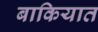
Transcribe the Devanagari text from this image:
बाकियात